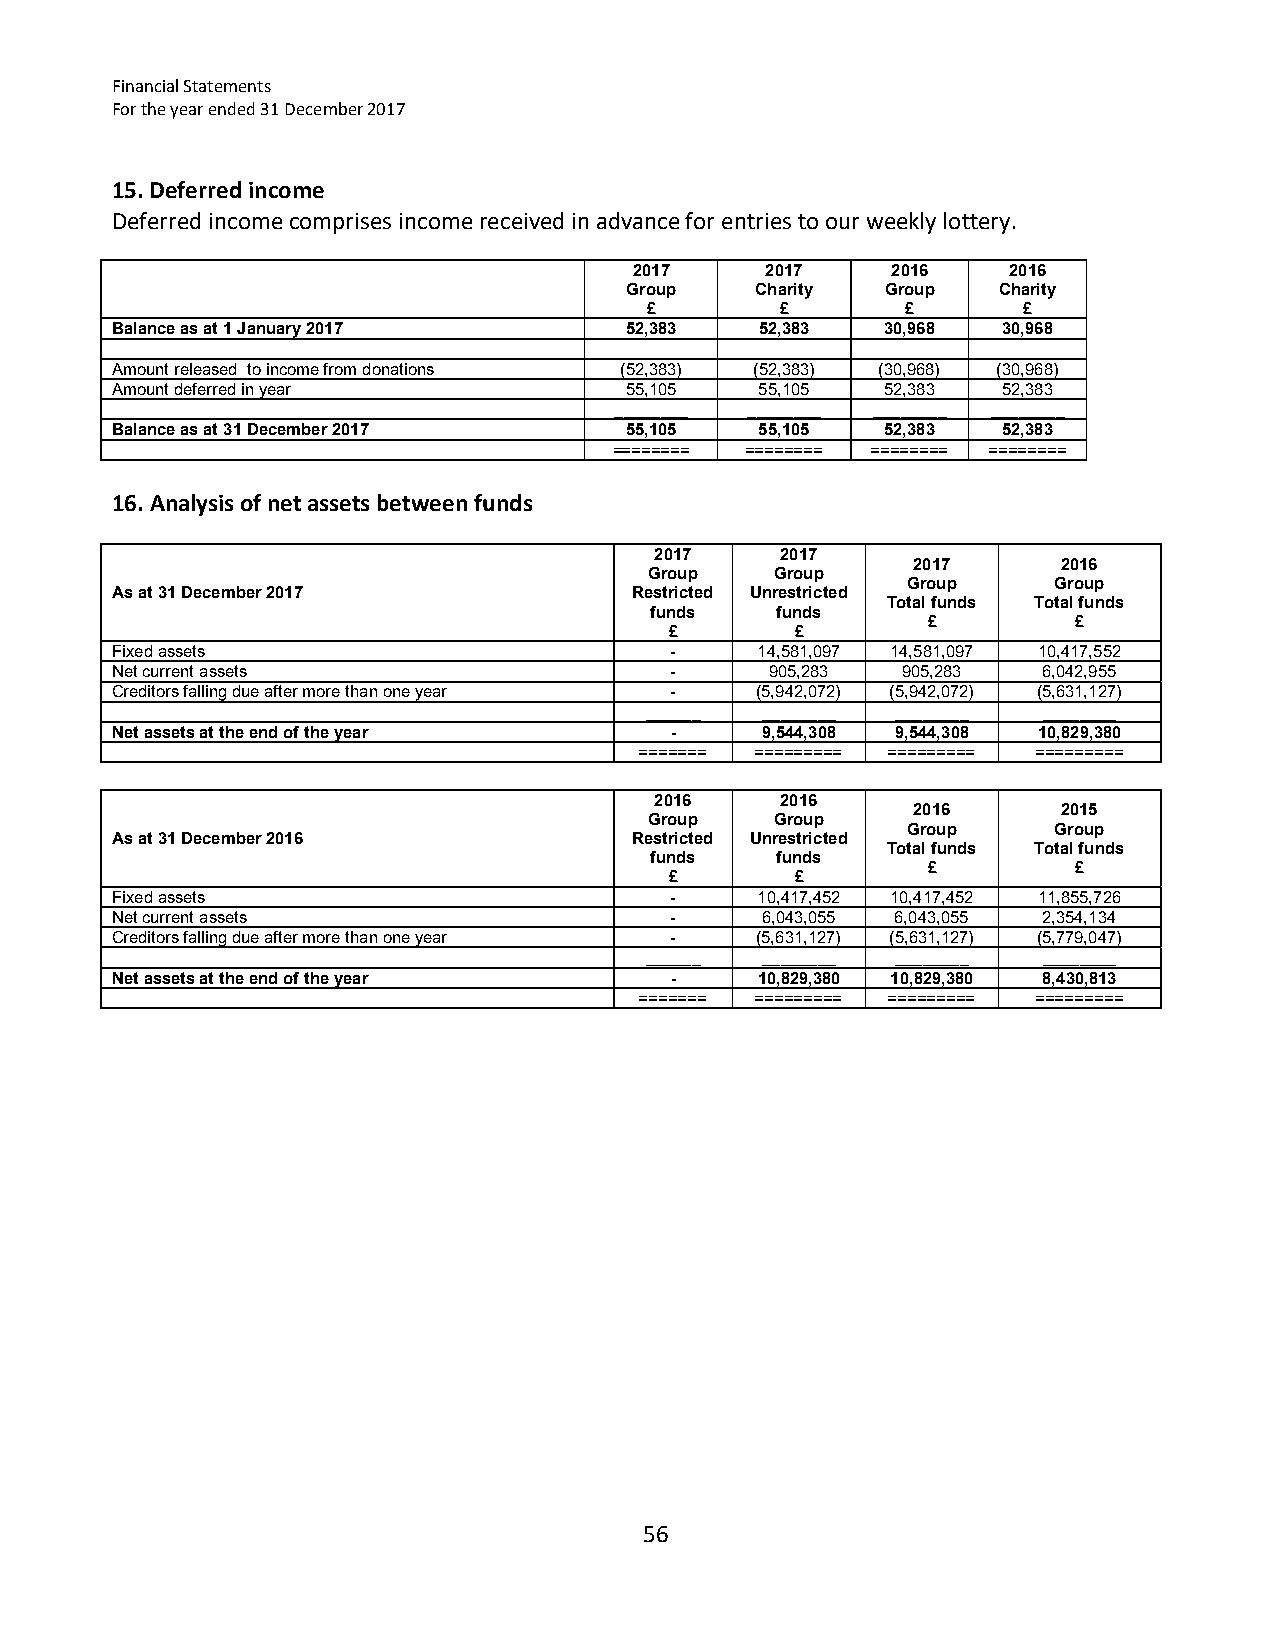
Financial Statements
 For the year ended 31 December 2017
 15. Deferred income
 Deferred income comprises income received in advance for entries to our weekly lottery.
 2017     2017    2016    2016
 Group    Charity  Group  Charity
 £        £       £       £
 Balance as at 1 January 2017      52,383   52,383   30,968 30,968
 Amount released to income from donations (52,383) (52,383) (30,968) (30,968)
 Amount deferred in year           55,105   55,105   52,383 52,383
 ________ ________ ________ ________
 Balance as at 31 December 2017    55,105   55,105   52,383 52,383
 ======== ======== ======== ========
 16. Analysis of net assets between funds
 2017     2017
 2017      2016
 Group   Group
 Group     Group
 As at 31 December 2017             Restricted Unrestricted
 Total funds Total funds
 funds   funds
 £         £
 £        £
 Fixed assets                         -     14,581,097 14,581,097 10,417,552
 Net current assets                   -      905,283  905,283  6,042,955
 Creditors falling due after more than one year - (5,942,072) (5,942,072) (5,631,127)
 ______ ________ ________  ________
 Net assets at the end of the year    -     9,544,308 9,544,308 10,829,380
 ======= ========= ========= =========
 2016     2016
 2016      2015
 Group   Group
 Group     Group
 As at 31 December 2016             Restricted Unrestricted
 Total funds Total funds
 funds   funds
 £         £
 £        £
 Fixed assets                         -     10,417,452 10,417,452 11,855,726
 Net current assets                   -     6,043,055 6,043,055 2,354,134
 Creditors falling due after more than one year - (5,631,127) (5,631,127) (5,779,047)
 ______ ________ ________  ________
 Net assets at the end of the year    -     10,829,380 10,829,380 8,430,813
 ======= ========= ========= =========
 56